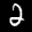
Label: 2